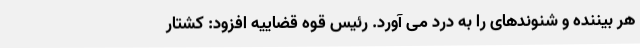
هر بیننده و شنوندهای را به درد می آورد. رئیس قوه قضاییه افزود: کشتار